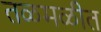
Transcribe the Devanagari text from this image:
तळमळीत